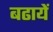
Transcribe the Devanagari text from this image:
बढायें